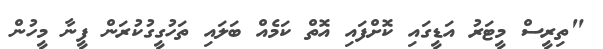
"ތިރީސް މީޓަރު އަޑީގައި ކޮށްފައި އޮތް ކަމެއް ބަލައި ތަހުގީގުކުރަން ފީނާ މީހުން